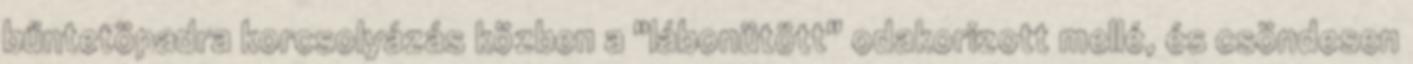
bűntetöpadra korcsolyázás közben a "lábonütött" odakorizott mellé, és csöndesen